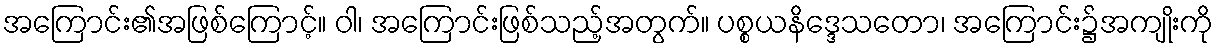
အကြောင်း၏အဖြစ်ကြောင့်။ ဝါ၊ အကြောင်းဖြစ်သည့်အတွက်။ ပစ္စယနိဒ္ဒေသတော၊ အကြောင်း၌အကျိုးကို